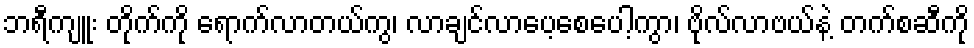
ဘရီကျူး တိုက်ကို ရောက်လာတယ်ကွ၊ လာချင်လာပေ့စေပေါ့ကွာ၊ ဗိုလ်လာဗယ်နဲ့ တက်စဆီကို